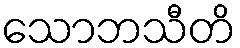
သောဘသီတိ